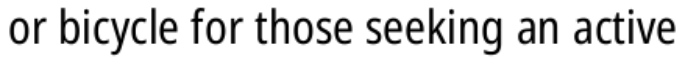
or bicycle for those seeking an active